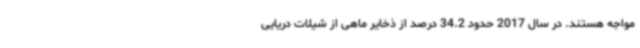
مواجه هستند. در سال 2017 حدود 34.2 درصد از ذخایر ماهی از شیلات دریایی